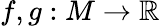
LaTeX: f,g:M\to\mathbb{R}